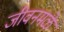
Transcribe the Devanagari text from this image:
जीवनमळे